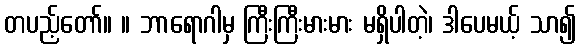
တပည့်တော်။ ။ ဘာရောဂါမှ ကြီးကြီးမားမား မရှိပါတဲ့၊ ဒါပေမယ့် သာ၍